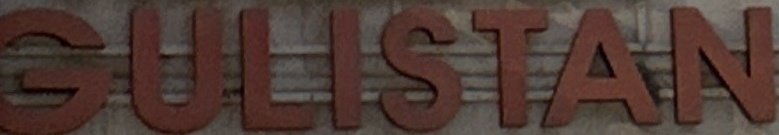
GULISTAN